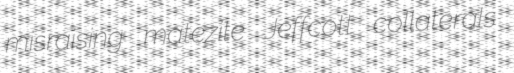
misraising matezite Jeffcott collaterals